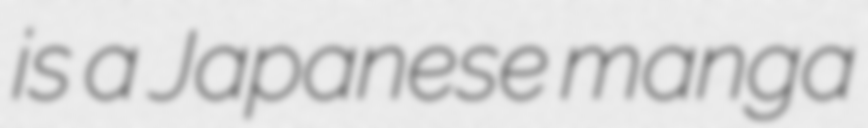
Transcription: is a Japanese manga